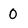
Character: 0